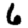
Digit: 6